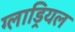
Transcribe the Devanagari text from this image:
ग्लाड्रियल